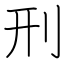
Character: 刑